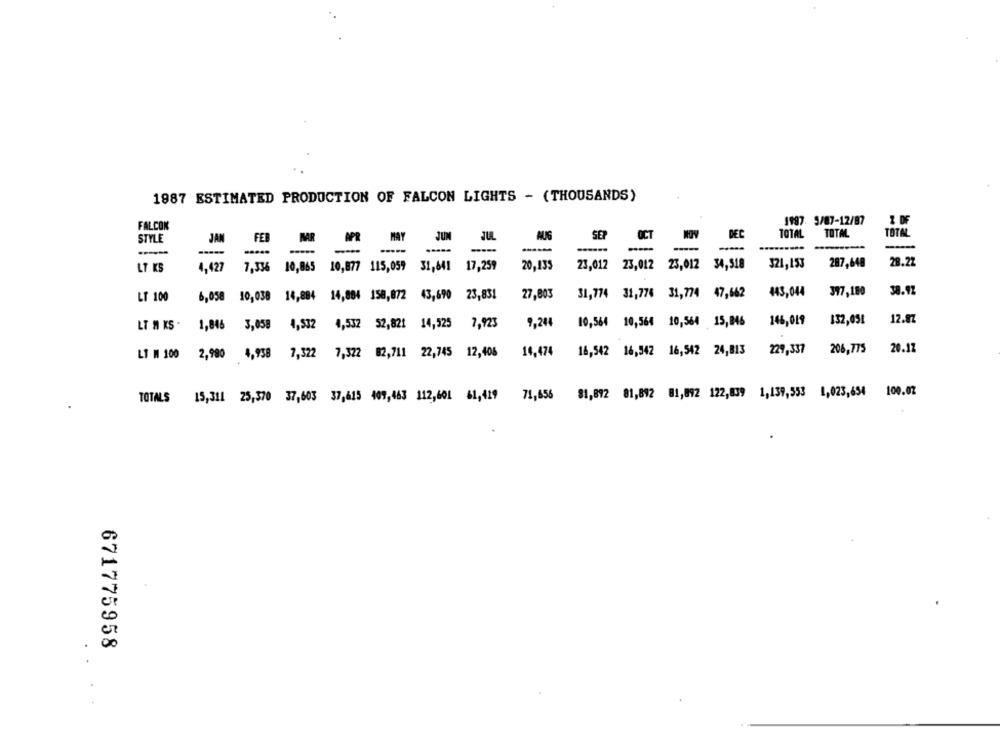
1987 ESTIMATED PRODUCTION OF FALCON LIGHTS - (THOUSANDS)
FALCON
1997. 5/87-12/87
Z DF
TOTAL
TOTAL
TOTAL
STYLE
JAN
FEB
WAR
JUN
JUL
AUG
SEP
OCT
ROY
DEC
-----
-
-
287,640
28.22
LT KS
4,427
7,336 10,865
10,865 10,877 115,059 31,641
17,259
20,135
23,012
23,012 23,012 34,518
321,153
377,180
38.12
LT 100
6,058
10,038 14,884 14,884 158,872 43,690 23,831
27,803
31,774 31,776 31,774 47,662
443,044
10,564 10,564 10,564 15,846
146,019
132,051
12.87
LT # KS .
1,846 3,058 4,532 4,532 52,821 14,525 7,923
9,244
14,474
16,542 16,542 16,542 24,813
229,337
206,775
20.17
LT M 100
2,980 4,958 7,522 7,322 82,711 22,745 12,406
TOTALS 15,311 25,370 37,603 37,615 409,463 112,601 61,419 71,656
81,892 81,892 81,892 122,839 1,139,553 1,023,654 100.02
671775958
..